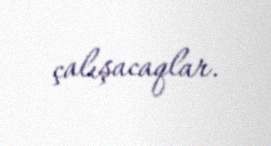
çalışacaqlar.